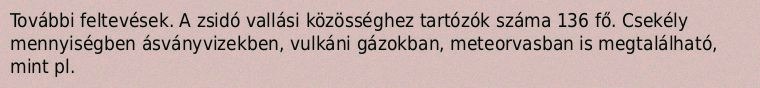
További feltevések. A zsidó vallási közösséghez tartózók száma 136 fő. Csekély mennyiségben ásványvizekben, vulkáni gázokban, meteorvasban is megtalálható, mint pl.